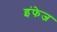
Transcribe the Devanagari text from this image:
इंफेज